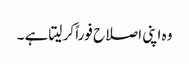
وہ اپنی اصلاح فوراً کر لیتا ہے ۔